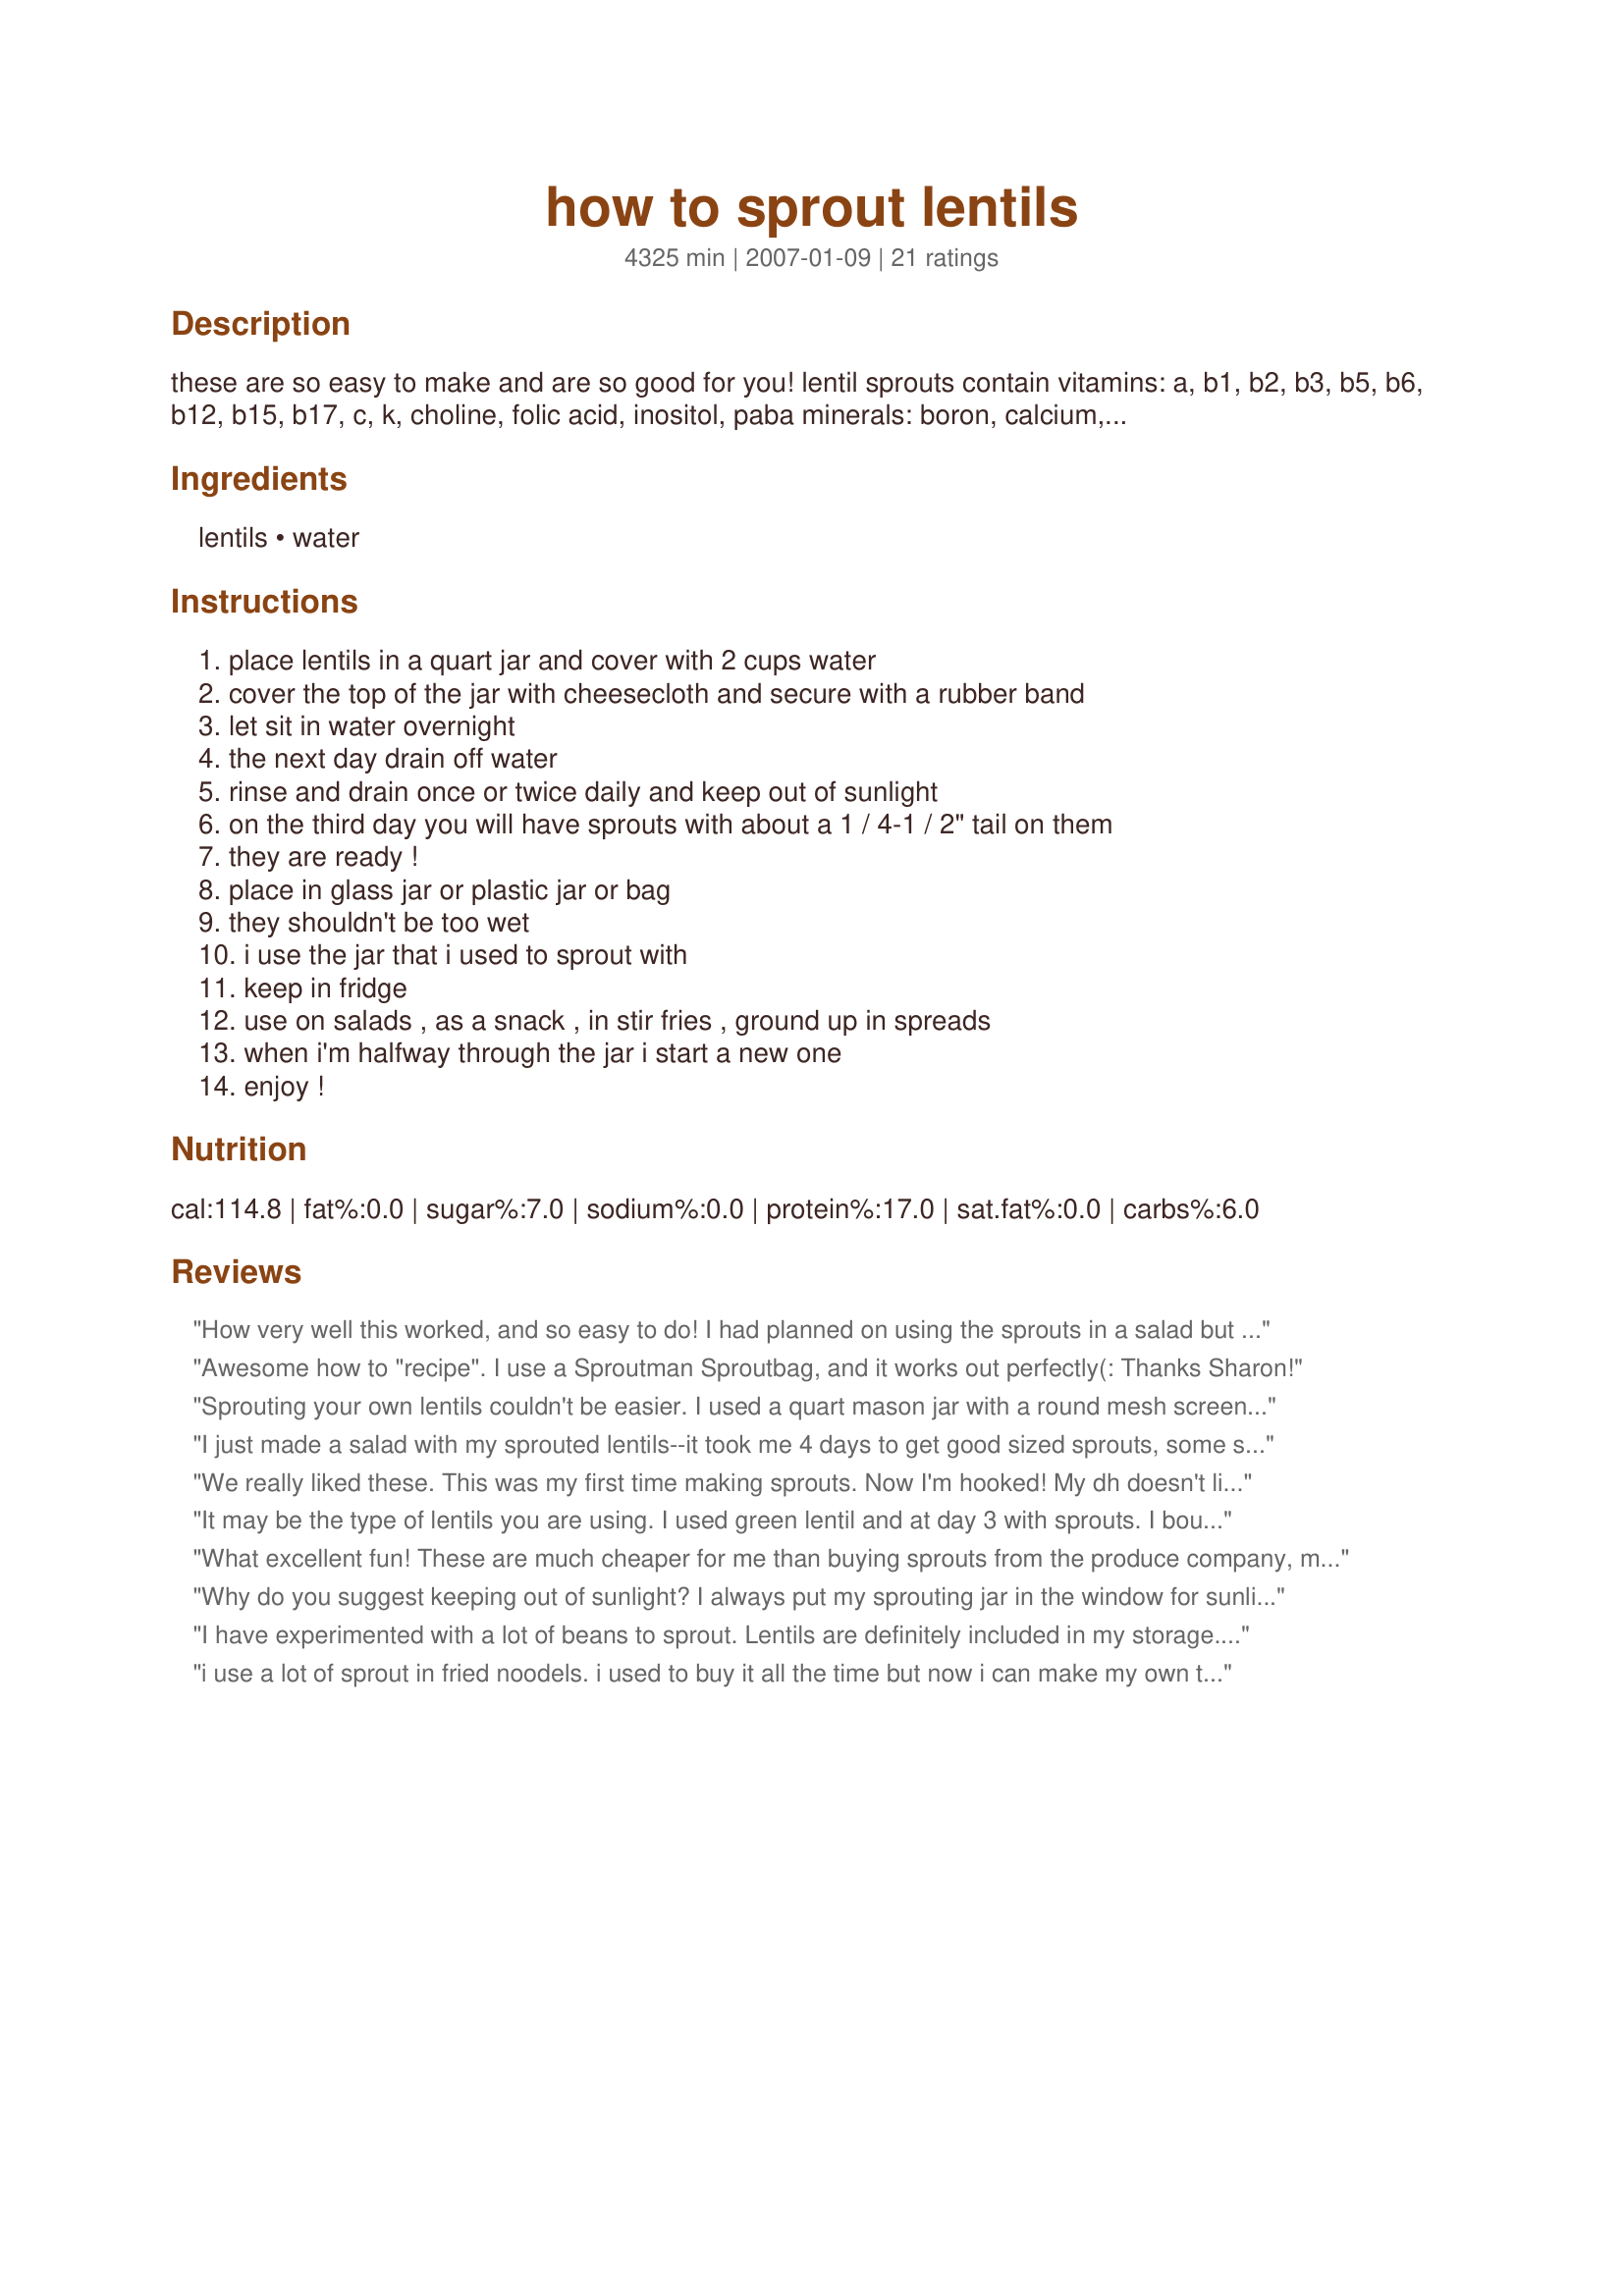
how to sprout lentils
Preparation time: 4325 minutes

these are so easy to make and are so good for you! lentil sprouts contain vitamins: a, b1, b2, b3, b5, b6, b12, b15, b17, c, k, choline, folic acid, inositol, paba

minerals: boron, calcium, chlorine, copper, iron, magnesium, molybdenum, phosphorus, potassium, selenium, sodium, sulphur, zinc

the amounts are loosely given. i love them over salads, but are good snacks on their own. cook time is sprouting time.

Ingredients:
lentils, water

Steps:
place lentils in a quart jar and cover with 2 cups water, cover the top of the jar with cheesecloth and secure with a rubber band, let sit in water overnight, the next day drain off water, rinse and drain once or twice daily and keep out of sunlight, on the third day you will have sprouts with about a 1 / 4-1 / 2" tail on them, they are ready !, place in glass jar or plastic jar or bag, they shouldn't be too wet, i use the jar that i used to sprout with, keep in fridge, use on salads , as a snack , in stir fries , ground up in spreads, when i'm halfway through the jar i start a new one, enjoy !

Reviews:
How very well this worked, and so easy to do! I had planned on using the sprouts in a salad but my 10 yr. old GS got so excited when he spotted them that I ended up sending them home with him. He thought it was super cool!
Awesome how to "recipe". I use a Sproutman Sproutbag, and it works out perfectly(: Thanks Sharon!
Sprouting your own lentils couldn't be easier. I used a quart mason jar with a round mesh screen that I use to do my own alfalfa sprouts and it worked like a charm. I topped a salad with them one day to take for lunch and yesterday I used them in a pita with some turkey and cheese. Definitely added a new dimension to both. Plus it's such fun to watch 'em grow too!
I just made a salad with my sprouted lentils--it took me 4 days to get good sized sprouts, some surii and a mustard dressing. Veryt nice and very healthy. These will be good on top of other salad for a different texture. Definitely worth doing, and now I'm going to try to sprout other things in the kitchen. too.
We really liked these. This was my first time making sprouts. Now I'm hooked! My dh doesn't like salads unless they have lots & lots of "extras" in them. This was fun - although I do have to admit that I killed the first couple batches until I READ THE DIRECTIONS! Ha! Thank you very much, this is fresher and less expensive than the sprouts at the grocery store.
It may be the type of lentils you are using. I used green lentil and at day 3 with sprouts. I bought these from the grocery store. Alfalfa seeds are great to sprout. :)
What excellent fun! These are much cheaper for me than buying sprouts from the produce company, much fresher and with less packaging to deal with. I used to think that I didn't want to invest the time and effort to sprout my own. How foolish of me. These don't take much effort at all. I've been making a batch of these a week for awhile now, we use ALOT of sprouts. They seem to stay crispy and "bright" for a good 10 days. Thanks for the nudge, Sharon.
Why do you suggest keeping out of sunlight? I always put my sprouting jar in the window for sunlight and it works great -usually takes about a day and a half to start seeing sprouts appearing...and I do it for everything I sprout whether beans, basic lentils or alfalfa...?
I have experimented with a lot of beans to sprout. Lentils are definitely included in my storage. Tip: I cut a round piece of plastic canvas instead of cheese cloth. It is reusable and washes up easily. I have made up sprout kits including beans, jar and directions for gifts. They are great for kids too.
i use a lot of sprout in fried noodels. i used to buy it all the time but now i can make my own thanks for the recipe.
I used 1/2 c. Spanish Pardina lentils with 2 c. filtered water and have been rinsing everyday for 5 days now. I used a green tinted quart canning jar and cheesecloth cover, and am on day 5 of rinsing with no sprouts...i don't know what i'm doing wrong or if that type of lentil is just not good for sprouting?
I have sprouted many types of legumes in the past but have never thought about lentils. The complete recipe filled a quart jar. They are delicious mixed in salads and wraps. Thanks Sharon for helping to renew my interest in sprouts. Made for *Partying the Diabetic Way*
very easy to do. so far I've used them on sandwiches and salad, but want to try them in stir fry. Made for everyday's a holiday tag.
Great instructions. Started with about 1/2 cup of dry lentils in a Mason jar with a coffee filter top (screwed the lid over it), and after about a day I already had about 1/4" of sprout growing. Very excited. I never grew my own sprouts at home because I thought it was too difficult / time consuming. LOL! It takes like two or three minutes each time you rinse them, twice a day, for just a few days.
I tried this with red lentils and they got teeny looking tails and looked like they were ready to sprout but stopped. I'll try it again with a different kind of lentil and then re-review.
this was fun and easy to do, and added a nice something to my lunchtime sandwich today. Can't wait to try the remainder of my first "harvest" as stirfry...
I used only 4 tablespoons of lentils, and ended up with a small mason jar full of sprouts. An excellent way to get fresh veggies with tons of nutrients. Taste great too! Really good to stuff into pita sandwiches and sprinkle on salads and cooked dishes as well.
I use mosquito netting to cover my mason jars and it works WAY better than anything else I&#039;ve tried when rinsing and draining. Otherwise, this is a great how-to for lentil sprouts!
Worked like a charm! Thanks so much for prompting me to FINALLY try sprouting at home! One thing: this makes waaayyy more than a cup, I'd say more like 2 cups.
I didn't have a cheesecloth so I simply covered my mason jar with a coffee filter and screwed the lid on so that the beans could breathe. When draining, I simply put a wire mesh strainer over the top of the jar and inverted it to get all the liquid out. I'm currently on day 2 of the sprouting process and I already see little sprouts peeping out of the beans. I'm very excited to see how this will turn out!
Not sure what happened, but my lentils never sprouted. : (
